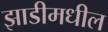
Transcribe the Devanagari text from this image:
झाडीमधील